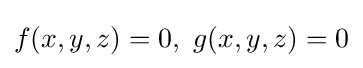
f(x,y,z)=0,\ g(x,y,z)=0